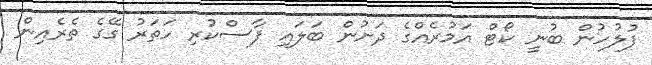
ފުލުހުން ބުނީ ކޯޓް އަމުރެއްގެ ދަށުން ބަލައި ފާސްކުރި ހަތަރު ގޭގެ ތެރެއިން